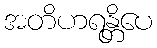
အတိဟရန္တိပေ